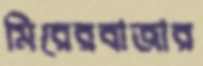
মিরেরবাজার